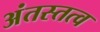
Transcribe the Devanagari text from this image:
अंतस्तत्व